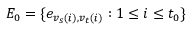
E _ { 0 } = \{ e _ { { v _ { s } } ( i ) , { v _ { t } } ( i ) } : 1 \le i \le t _ { 0 } \}